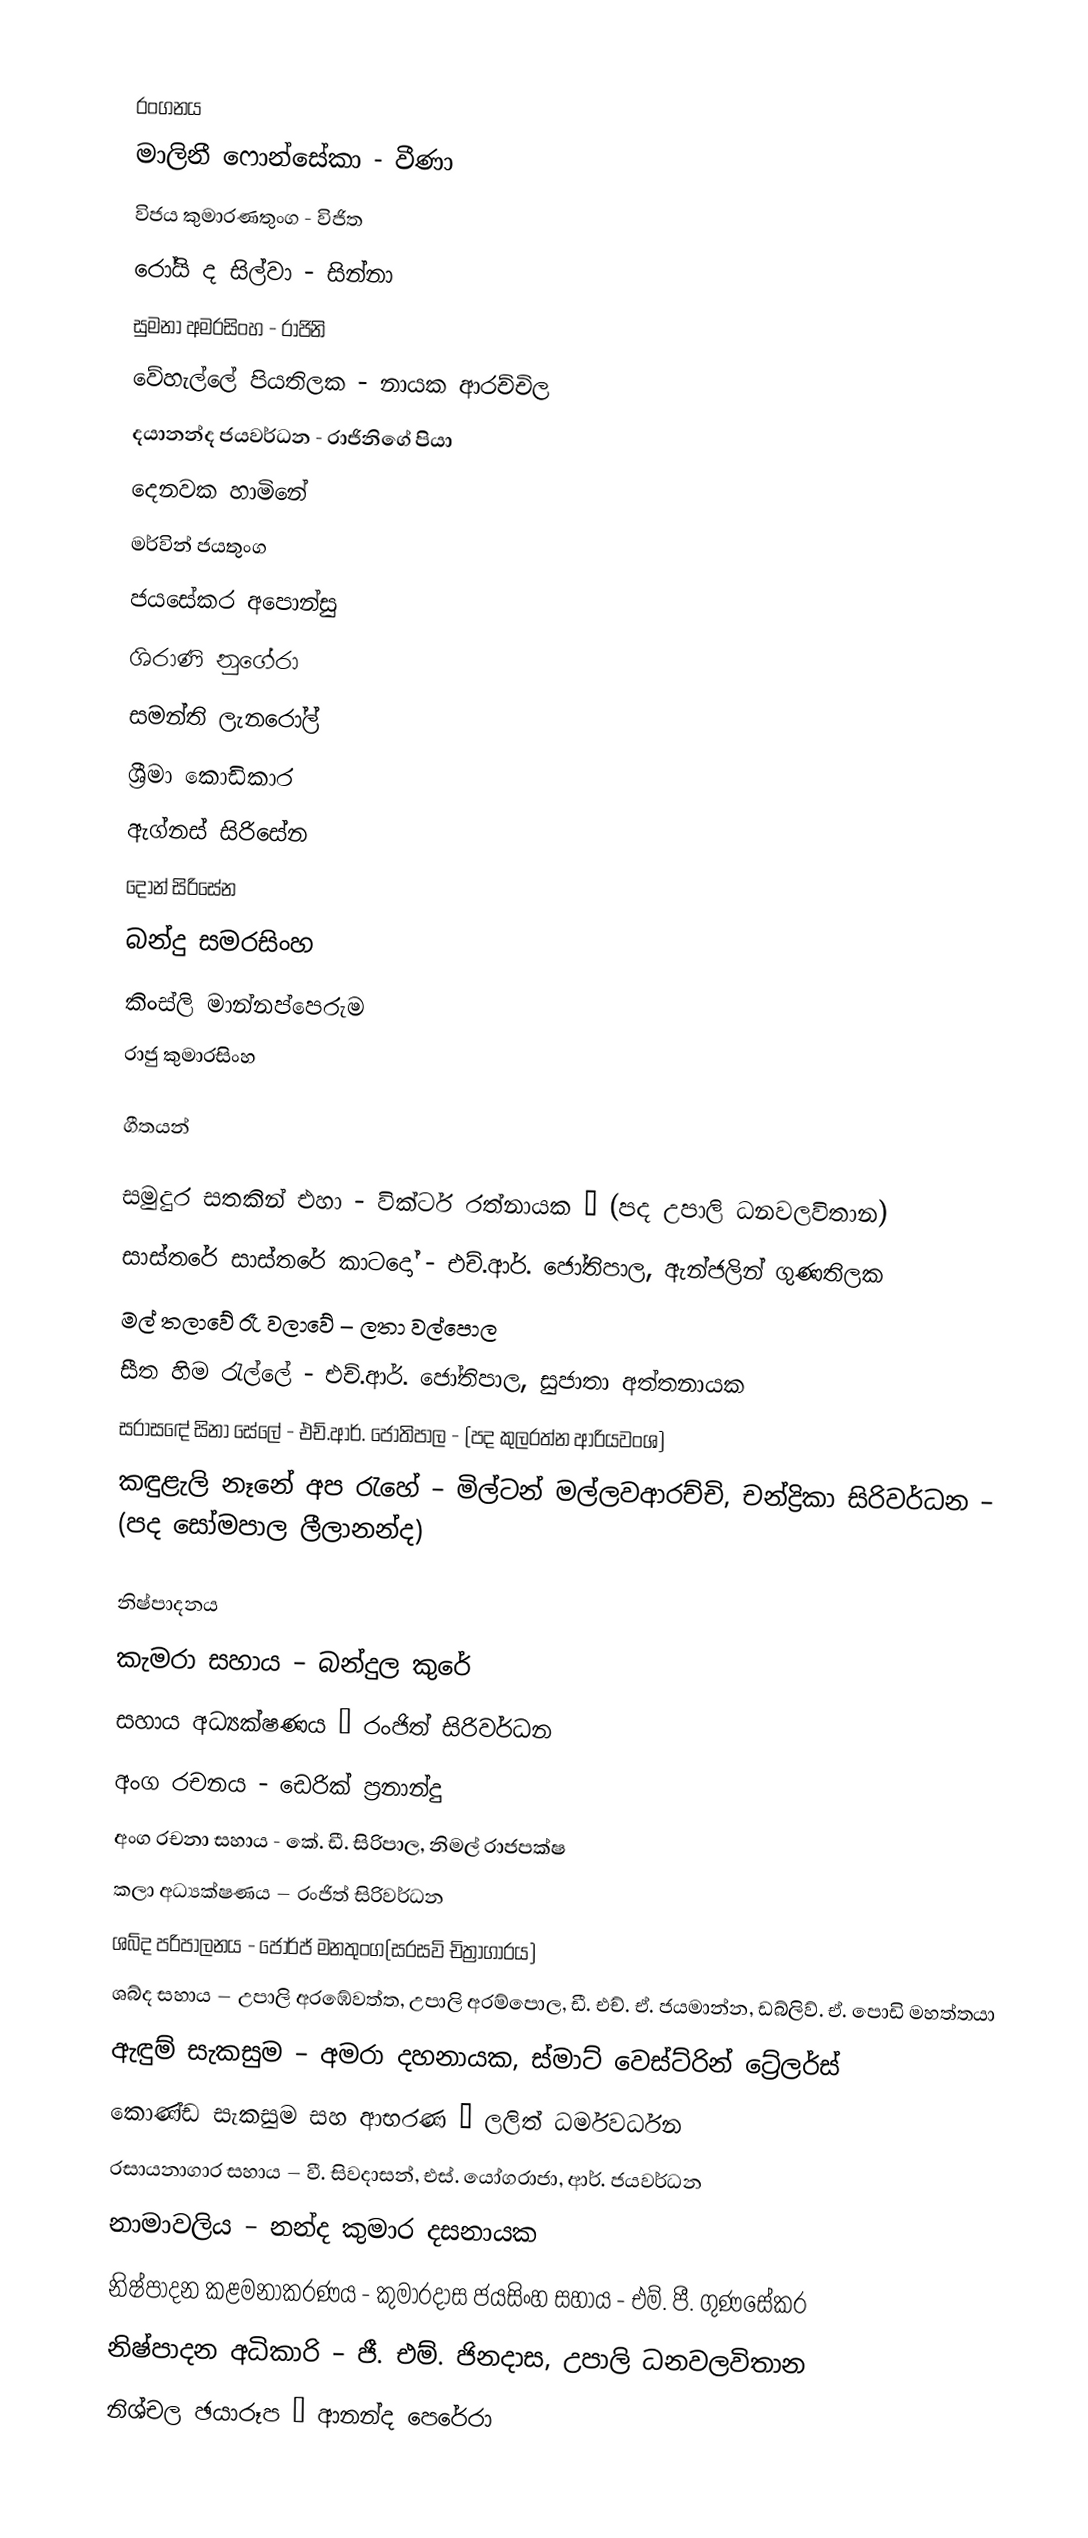

රංගනය
මාලිනී ෆොන්සේකා - වීණා
විජය කුමාරණතුංග - විජිත
රෝයි ද සිල්වා - සින්නා
සුමනා අමරසිංහ - රාජිනි
වේහැල්ලේ පියතිලක - නායක ආරච්චිල
දයානන්ද ජයවර්ධන - රාජිනිගේ පියා
දෙනවක හාමිනේ
මර්වින් ජයතුංග
ජයසේකර අපොන්සු
ශිරාණි නුගේරා
සමන්ති ලැනරෝල්
ශ්‍රීමා කොඩිකාර
ඇග්නස් සිරිසේන
දොන් සිරිසේන
බන්දු සමරසිංහ
කිංස්ලි මාන්නප්පෙරුම
රාජු කුමාරසිංහ

ගීතයන්

සමුදුර සතකින් එහා - වික්ටර් රත්නායක – (පද  උපාලි ධනවලවිතාන)
සාස්තරේ සාස්තරේ කාටදෝ - එච්.ආර්. ජෝතිපාල, ඇන්ජලින් ගුණතිලක
මල් තලාවේ රෑ වලාවේ – ලතා වල්පොල
සීත හිම රැල්ලේ - එච්.ආර්. ජෝතිපාල, සුජාතා අත්තනායක
සරාසඳේ සිනා සේලේ - එච්.ආර්. ජෝතිපාල - (පද කුලරත්න ආරියවංශ)
කඳුළැලි නෑනේ අප රැහේ – මිල්ටන් මල්ලවආරච්චි, චන්ද්‍රිකා සිරිවර්ධන – (පද සෝමපාල ලීලානන්ද)

නිෂ්පාදනය
කැමරා සහාය – බන්දුල කුරේ
සහාය අධ්‍යක්ෂණය – රංජිත් සිරිවර්ධන
අංග රචනය - ඩෙරික් ප්‍රනාන්දු
අංග රචනා සහාය - කේ. ඩී. සිරිපාල, නිමල් රාජපක්ෂ
කලා අධ්‍යක්ෂණය – රංජිත් සිරිවර්ධන
ශබ්ද පරිපාලනය - ජෝර්ජ් මනතුංග(සරසවි චිත්‍රාගාරය)
ශබ්ද සහාය – උපාලි අරඹේවත්ත, උපාලි අරම්පොල, ඩී. එච්. ඒ. ජයමාන්න, ඩබ්ලිව්. ඒ. පොඩි මහත්තයා
ඇඳුම් සැකසුම – අමරා දහනායක, ස්මාට් වෙස්ට්රින් ට්‍රේලර්ස්
කොණ්ඩ සැකසුම සහ ආභරණ – ලලිත් ධර්මවර්ධන
රසායනාගාර සහාය – වී. සිවදාසන්, එස්. යෝගරාජා, ආර්. ජයවර්ධන
නාමාවලිය – නන්ද කුමාර දසනායක
නිෂ්පාදන කළමනාකරණය - කුමාරදාස ජයසිංහ සහාය - එම්. පී. ගුණසේකර
නිෂ්පාදන අධිකාරි – ජී. එම්. ජිනදාස, උපාලි ධනවලවිතාන
නිශ්චල ඡයාරූප – ආනන්ද පෙරේරා